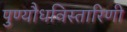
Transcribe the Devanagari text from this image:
पुण्यौधविस्तारिणी